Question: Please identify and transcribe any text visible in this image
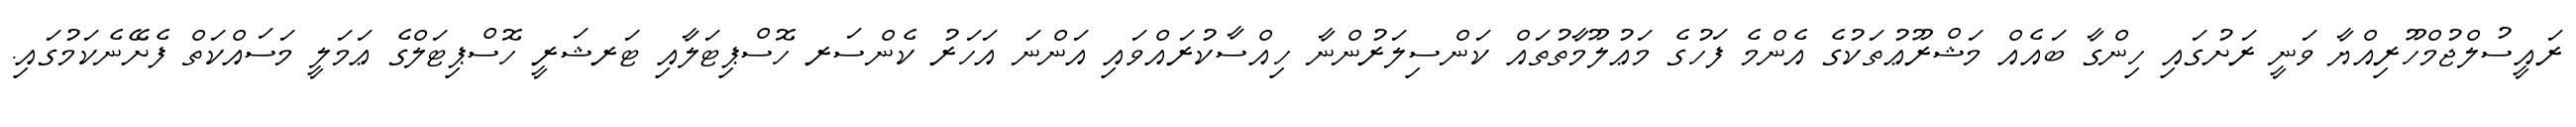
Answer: ރައީސުލްޖުމްހޫރިއްޔާ ވަނީ ރަށުގައި ހިންގާ ބައެއް މަޝްރޫޢުތަކުގެ އެންމެ ފަހުގެ މަޢުލޫމާތުތައް ކަންސިލަރުންނާ ހިއްސާކުރައްވައި އަންނަ އަހަރު ކެންސަރ ހޮސްޕިޓަލާއި ޓަރޝަރީ ހޮސްޕިޓަލްގެ ޢަމަލީ މަސައްކަތް ފެށޭނެކަމުގައި.